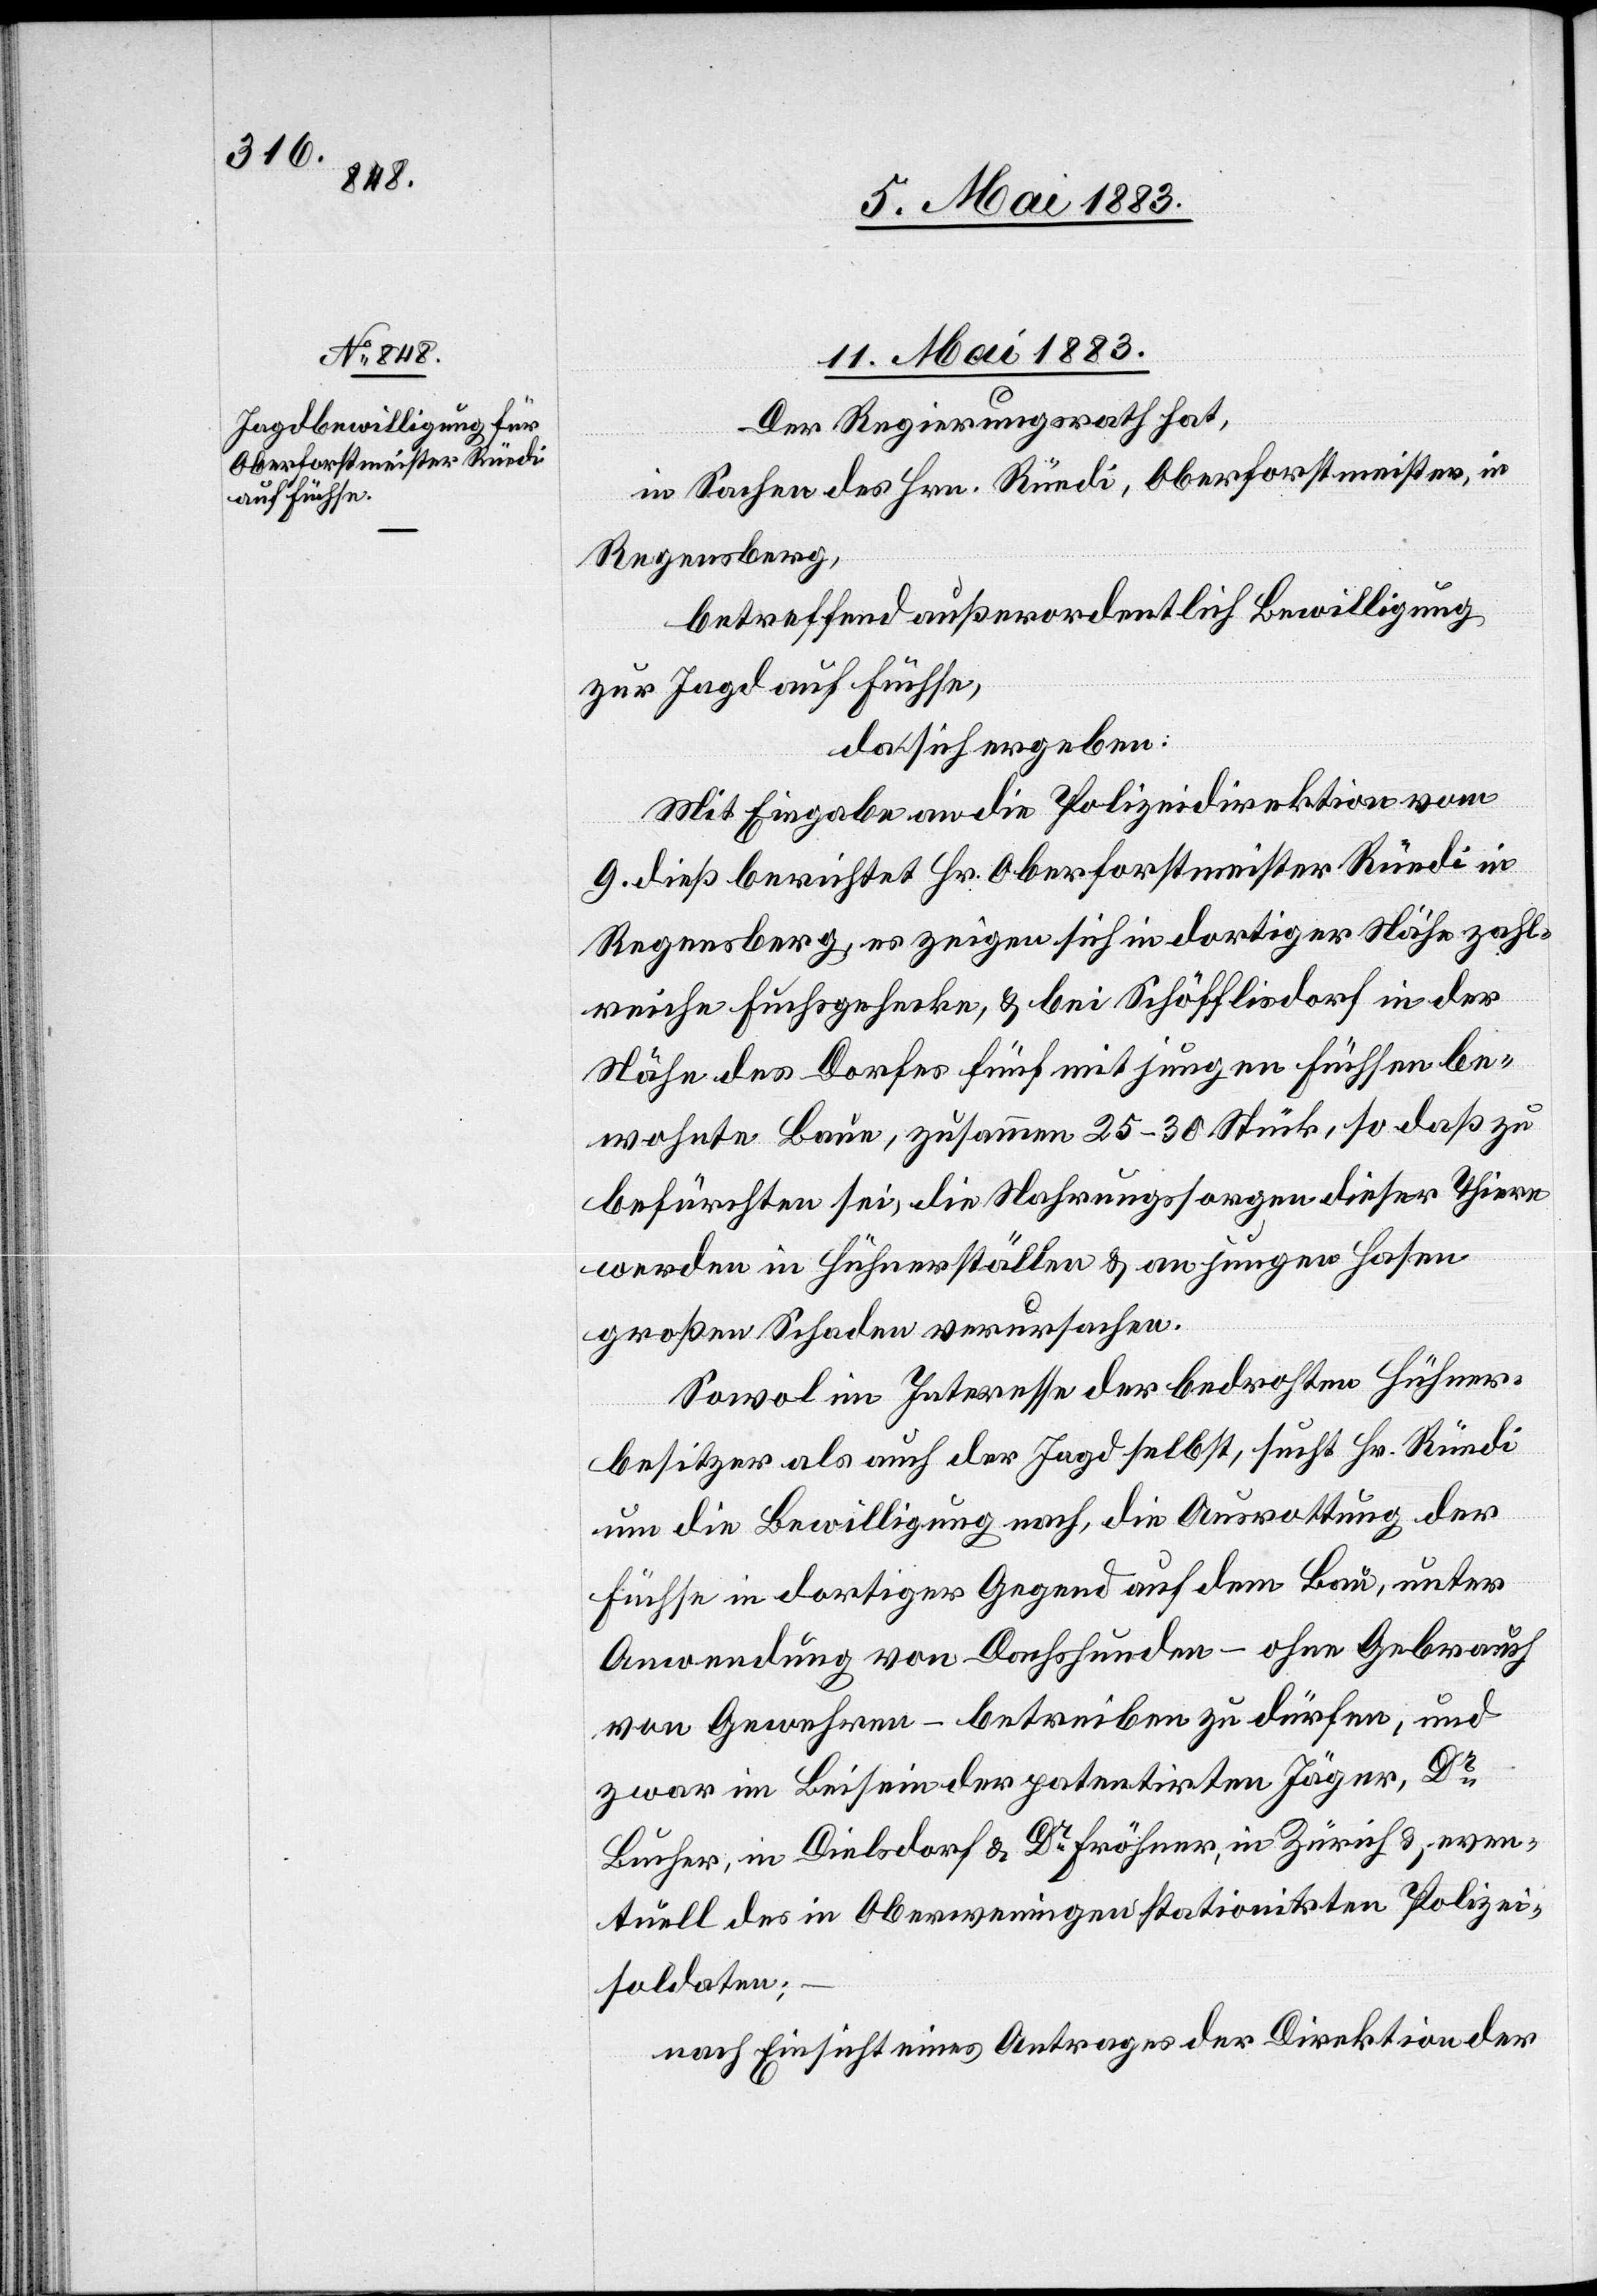
11. Mai 1883.
Der Regierungsrath hat,
in Sachen des Hrn. Rüedi, Oberforstmeister, in
Regensberg,
betreffend außerordentlich[e] Bewilligung
zur Jagd auf Füchse,
da sich ergeben:
Mit Eingabe an die Polizeidirektion vom
9. dieß berichtet Hr. Oberforstmeister Rüedi in
Regensberg, es zeigen sich in dortiger Nähe zahl¬
reiche Fuchsgehecke, & bei Schöfflisdorf in der
Nähe des Dorfes fünf mit jungen Füchsen be¬
wohnte Baue, zusammen 25–30 Stück, so daß zu
befürchten sei, die Nahrungssorgen dieser Thiere
werden in Hühnerställen & an jungen Hasen
großen Schaden verursachen.
Sowol im Interesse der bedrohten Hühner¬
besitzer als auch der Jagd selbst, sucht Hr. Rüedi
um die Bewilligung nach, die Ausrottung der
Füchse in dortiger Gegend auf dem Bau, unter
Anwendung von Dachshunden – ohne Gebrauch
von Gewehren – betreiben zu dürfen, und
zwar im Beisein der patentirten Jäger, Dr
Bucher, in Dielsdorf & Dr Fröhner, in Zürich & even¬
tuell des in Oberwenigen stationirten Polizei¬
soldaten;
nach Einsicht eines Antrages der Direktion